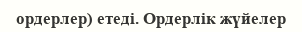
ордерлер) етеді. Ордерлік жүйелер